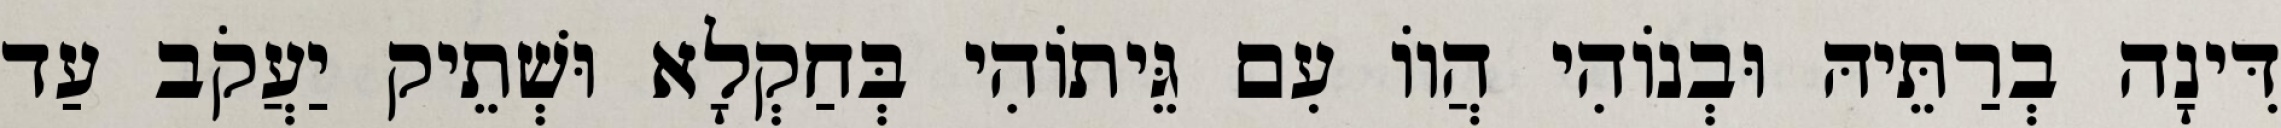
דִּינָה בְרַתֵּיהּ וּבְנוֹהִי הֲווֹ עִם גֵּיתוֹהִי בְּחַקְלָא וּשְׁתֵיק יַעֲקֹב עַד